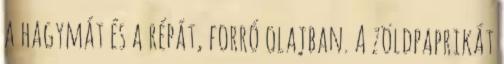
a hagymát és a répát, forró olajban. A zöldpaprikát